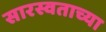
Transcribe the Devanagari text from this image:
सारस्वताच्या